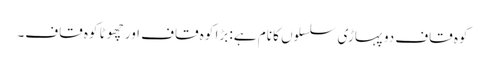
کوہ قاف دو پہاڑی سلسلوں کا نام ہے: بڑا کوہ قاف اور چھوٹا کوہ قاف۔